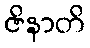
ဇိနာတိ